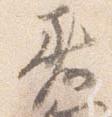
着